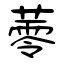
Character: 蕶